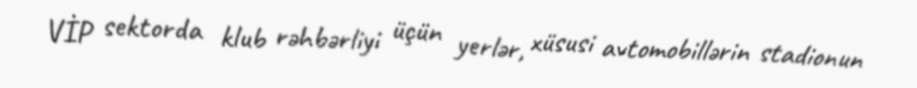
VİP sektorda klub rəhbərliyi üçün yerlər, xüsusi avtomobillərin stadionun